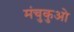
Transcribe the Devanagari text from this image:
मंचुकुओ